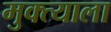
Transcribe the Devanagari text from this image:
मुक्त्याला